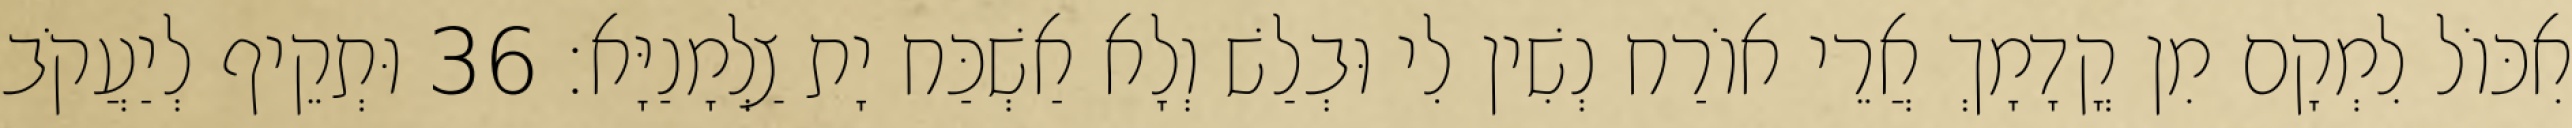
אִכּוֹל לִמְקָם מִן קֳדָמָךְ אֲרֵי אוֹרַח נְשִׁין לִי וּבְלַשׁ וְלָא אַשְׁכַּח יָת צַלְמָנַיָּא׃ 36 וּתְקֵיף לְיַעֲקֹב